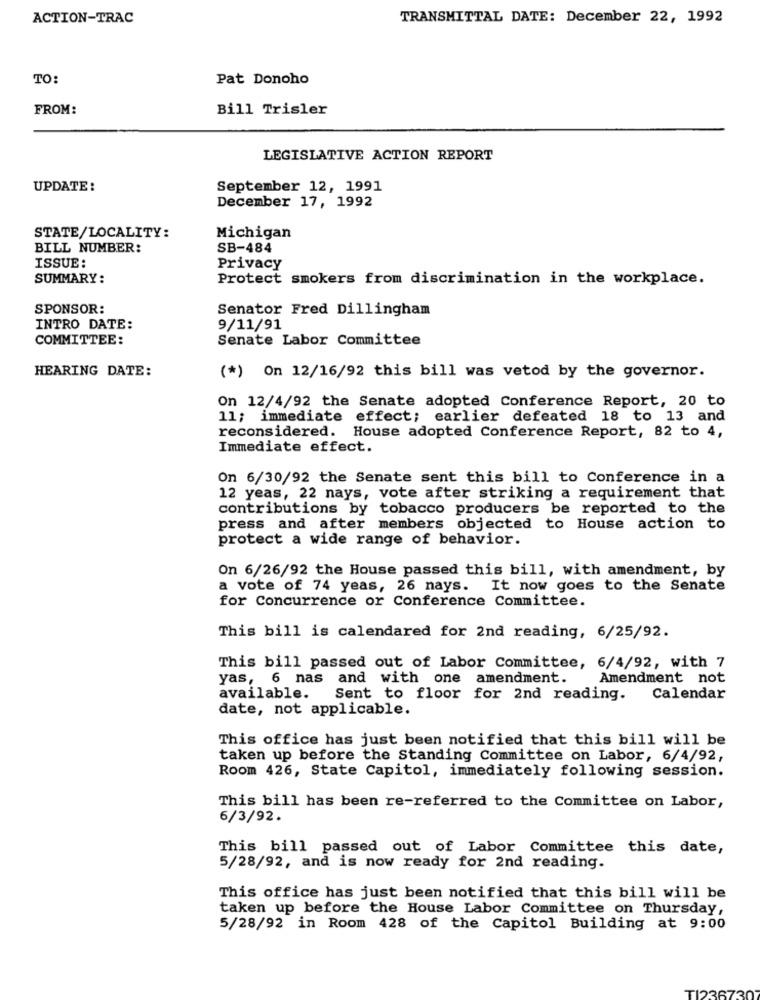
ACTION-TRAC
TRANSMITTAL DATE: December 22, 1992
TO:
Pat Donoho
FROM:
Bill Trisler
LEGISLATIVE ACTION REPORT
UPDATE :
September 12, 1991
December 17, 1992
STATE/LOCALITY:
Michigan
BILL NUMBER:
SB-484
ISSUE:
Privacy
SUMMARY:
Protect smokers from discrimination in the workplace.
SPONSOR:
Senator Fred Dillingham
INTRO DATE:
9/11/91
COMMITTEE:
Senate Labor Committee
HEARING DATE:
(*) On 12/16/92 this bill was vetod by the governor.
On 12/4/92 the Senate adopted Conference Report, 20 to
11; immediate effect; earlier defeated 18 to 13 and
reconsidered. House adopted Conference Report, 82 to 4,
Immediate effect.
On 6/30/92 the Senate sent this bill to Conference in a
12 yeas, 22 nays, vote after striking a requirement that
contributions by tobacco producers be reported to the
press and after members objected to House action to
protect a wide range of behavior.
On 6/26/92 the House passed this bill, with amendment, by
a vote of 74 yeas, 26 nays. It now goes to the Senate
for Concurrence or Conference Committee.
This bill is calendared for 2nd reading, 6/25/92.
This bill passed out of Labor Committee, 6/4/92, with 7
yas, 6 nas and with one amendment.
Amendment not
available.
Sent to floor for 2nd reading.
Calendar
date, not applicable.
This office has just been notified that this bill will be
taken up before the Standing Committee on Labor, 6/4/92,
Room 426, State Capitol, immediately following session.
This bill has been re-referred to the Committee on Labor,
6/3/92.
This bill passed out of Labor Committee this date,
5/28/92, and is now ready for 2nd reading.
This office has just been notified that this bill will be
taken up before the House Labor Committee on Thursday,
5/28/92 in Room 428 of the Capitol Building at 9:00